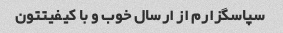
سپاسگزارم از ارسال خوب و با کیفیتتون